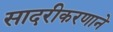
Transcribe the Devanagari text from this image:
सादरीकरणाने